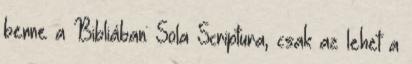
benne a Bibliában: Sola Scriptura, csak az lehet a